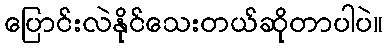
ပြောင်းလဲနိုင်သေးတယ်ဆိုတာပါပဲ။